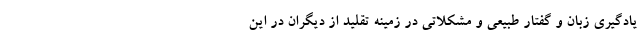
یادگیری زبان و گفتار طبیعی و مشکلاتی در زمینه تقلید از دیگران در این